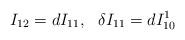
LaTeX: \begin{align*}I_{12} = dI_{11},\ \ \delta I_{11} = dI^1_{10}\end{align*}